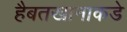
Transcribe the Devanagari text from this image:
हैबतखानाकडे